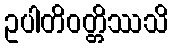
ဥပါတိဝတ္တိဿသိ